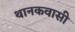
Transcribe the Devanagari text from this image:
थानकवासी